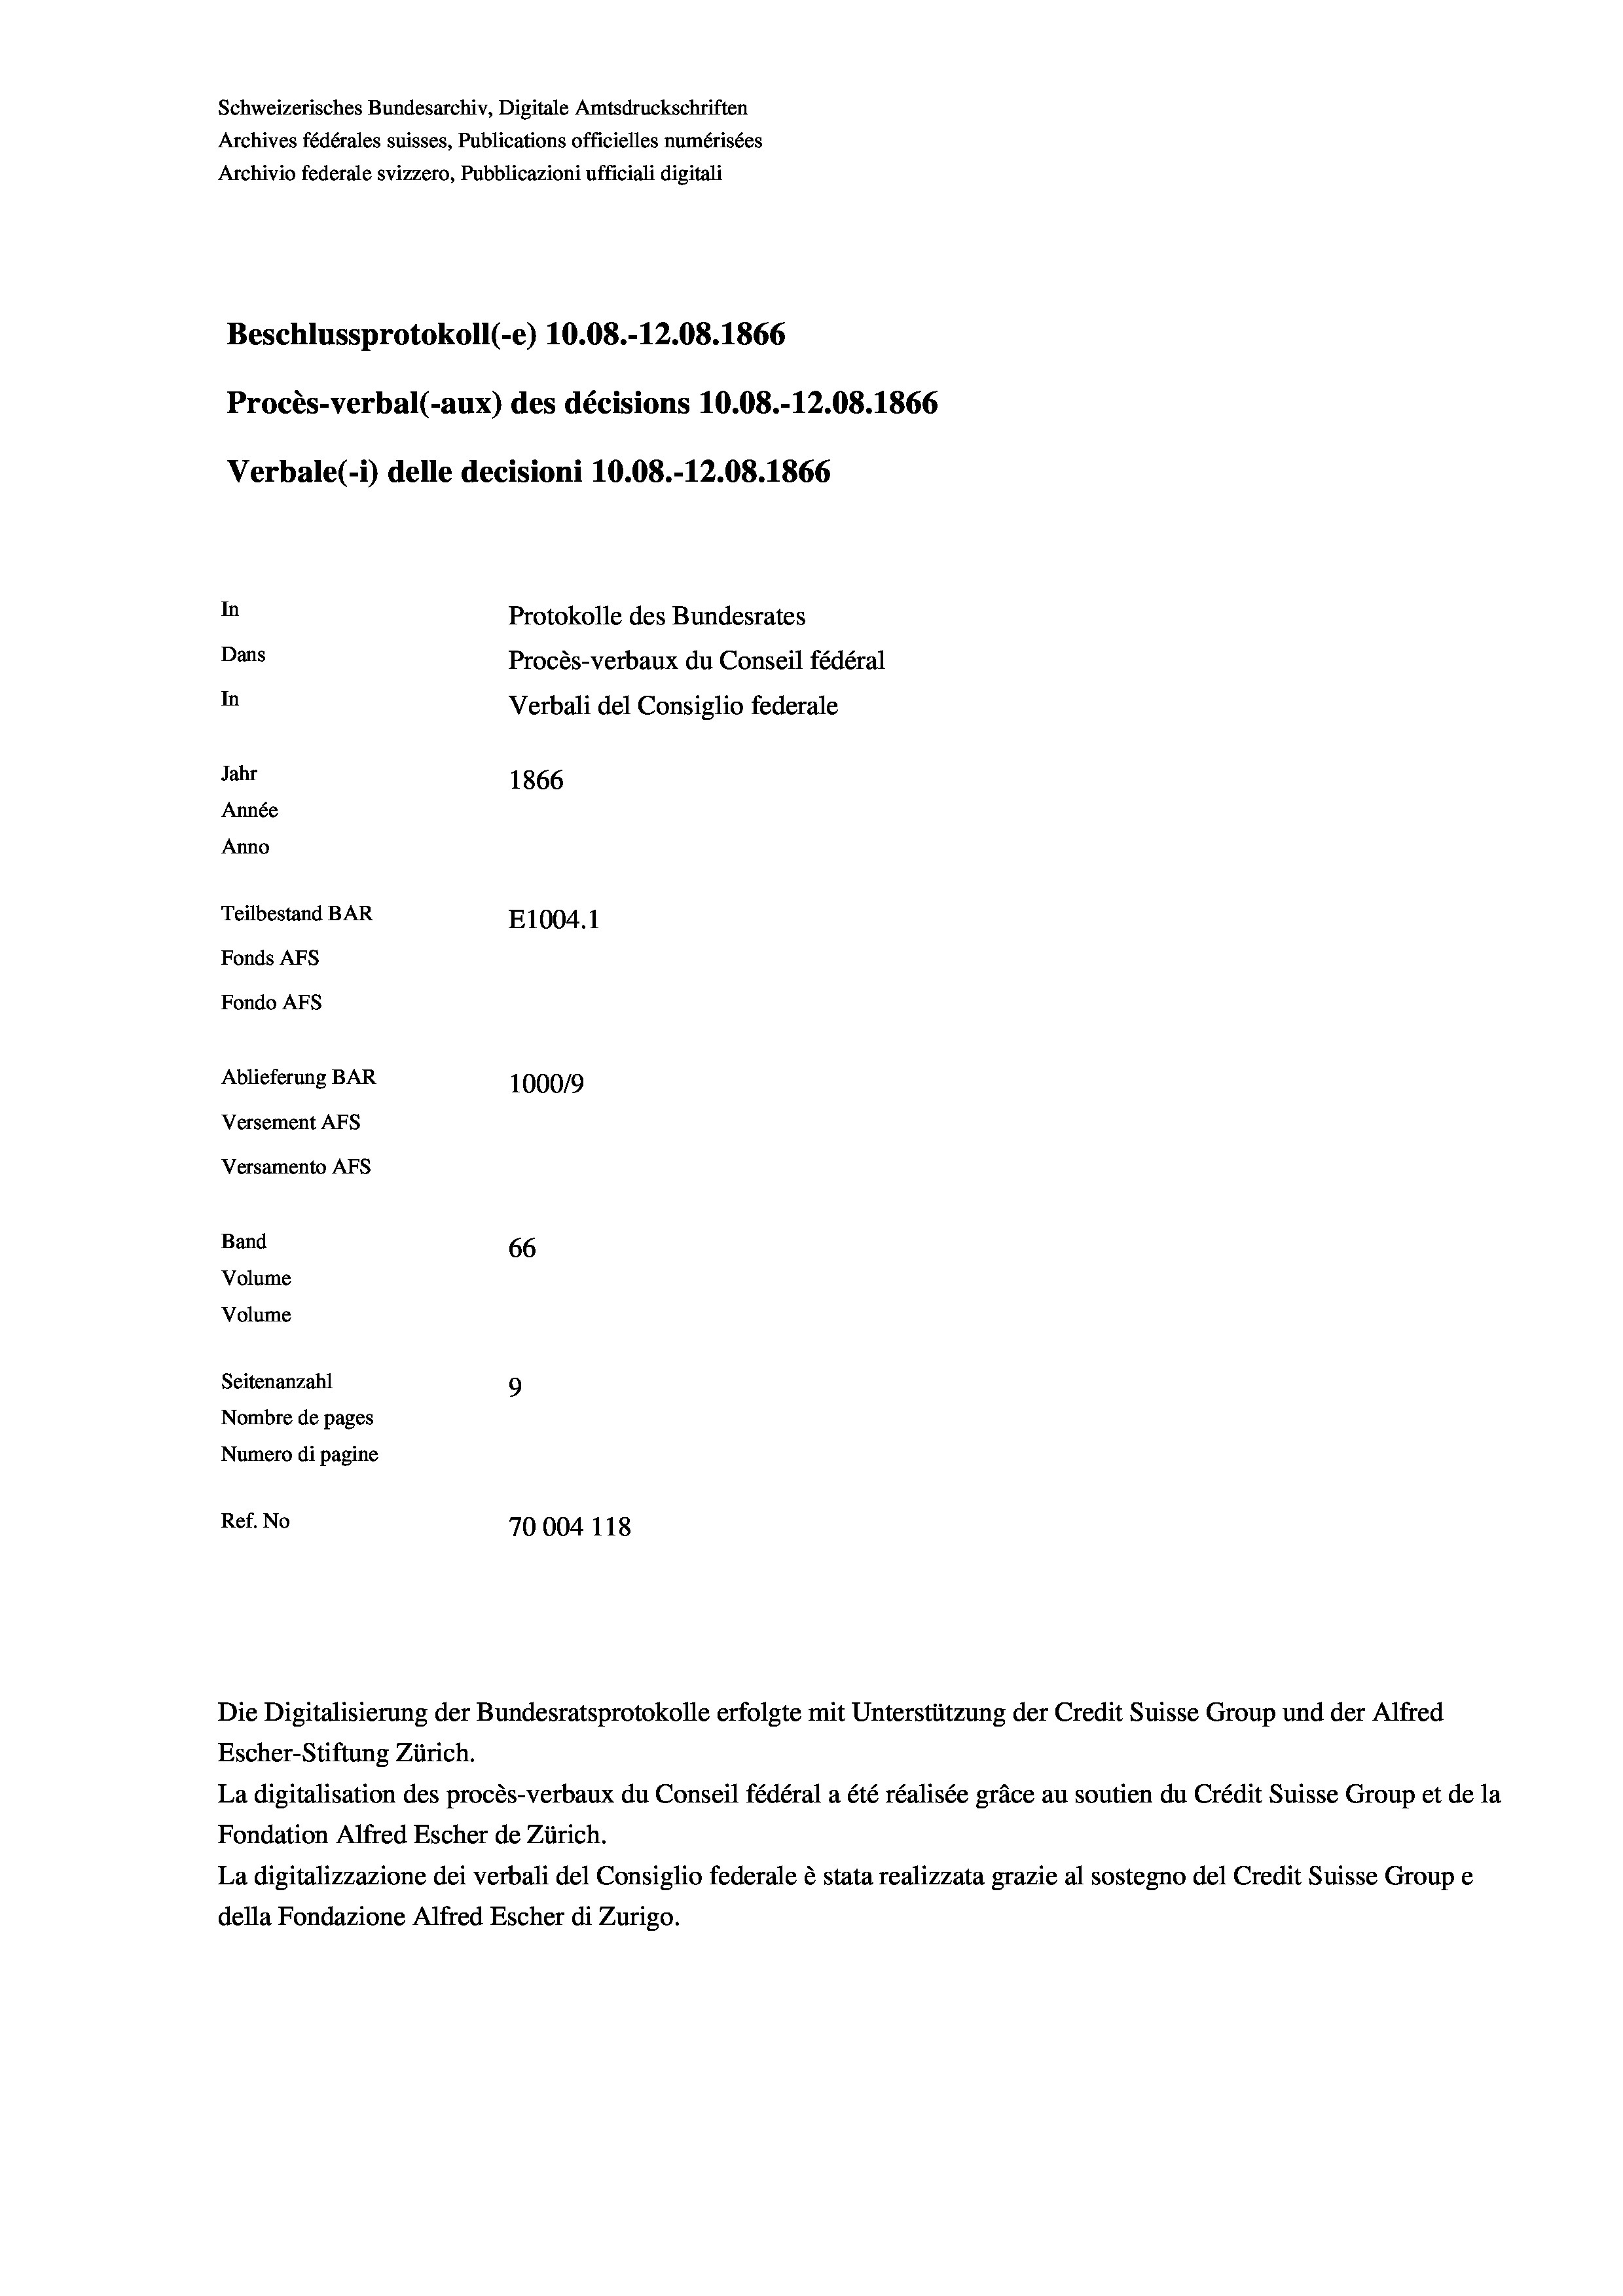
Schweizerisches Bundesarchiv, Digitale Amtsdruckschriften
Archives fédérales suisses, Publications officielles numérisées
Archivio federale svizzero, Pubblicazioni ufficiali digitali
Beschlussprotokoll (-e) 10.08.-12.08. 1866
Procès-verbal (-aux) des décisions 10.08.-12.08. 1866
Verbale (- 1) delle decisioni 10.08.-12.08. 1866
In
Protokolle des Bundesrates
Dans
Procès-verbaux du Conseil fédéral
In
Verbali del Consiglio federale
Jahr
1866
Année
Anno
Teilbestand BAR
E1004.1
Fonds AFs
Fondo Afs
Ablieferung BAR
100019
Versement AFs

Versamento AFs
Band
Volume
Volume

66
Seitenanzahl
9
Nombre de pages
Numero di pagine
Ref. No
70004 118

Escher-Stiftung Zürich.
La digitalisation des procès-verbaux du Conseil fédéral a été réalisée gräce au soutien du Crédit Suisse Group et de la
Fondation Alfred Escher de Zürich.
La digitalizzazione dei verbali del Consiglio federale è stata realizzata grazie al sostegno del Credit Suisse Groupe
della Fondazione Alfred Escher di Zurigo.

Die Digitalisierung der Bundesratsprotokolle erfolgte mit Unterstützung der Credit Suisse Group und der Alfred